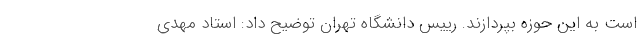
است به این حوزه بپردازند. رییس دانشگاه تهران توضیح داد: استاد مهدی